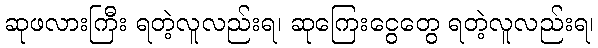
ဆုဖလားကြီး ရတဲ့လူလည်းရ၊ ဆုကြေးငွေတွေ ရတဲ့လူလည်းရ၊